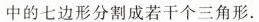
中的七边形分割成若干个三角形.